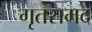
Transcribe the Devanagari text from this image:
गृतसमद